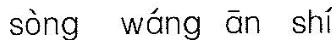
Sòng Wáng Ānshí